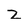
Character: z